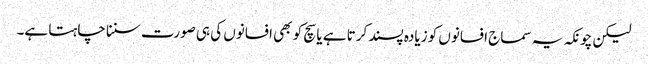
لیکن چونکہ یہ سماج افسانوں کو زیادہ پسند کرتا ہے یا سچ کو بھی افسانوں کی ہی صورت سننا چاہتا ہے۔